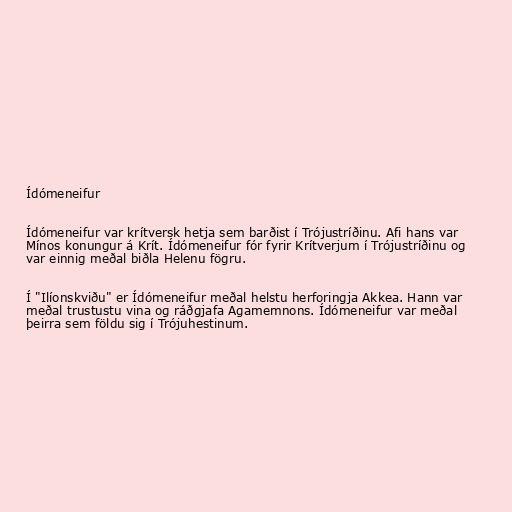
Ídómeneifur

Ídómeneifur var krítversk hetja sem barðist í Trójustríðinu. Afi hans var
Mínos konungur á Krít. Ídómeneifur fór fyrir Krítverjum í Trójustríðinu og
var einnig meðal biðla Helenu fögru.

Í "Ilíonskviðu" er Ídómeneifur meðal helstu herforingja Akkea. Hann var
meðal trustustu vina og ráðgjafa Agamemnons. Ídómeneifur var meðal
þeirra sem földu sig í Trójuhestinum.